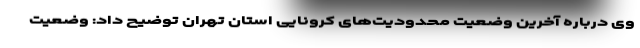
وی درباره آخرین وضعیت محدودیت‌های کرونایی استان تهران توضیح داد: وضعیت